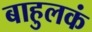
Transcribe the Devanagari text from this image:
बाहुलकं